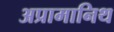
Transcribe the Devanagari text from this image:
अप्रामानिथ